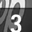
Digit: 3